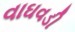
વાઘવડી